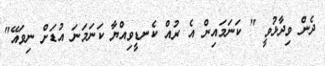
ދެން ވިދާޅުވީ " ކަނަމައިން އެ ރުއް ކެނޑީވިއްޔާ ކަނަމަނަ އުޑަށް ނިވައޭ"